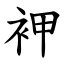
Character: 䘥